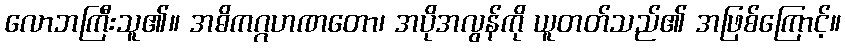
လောဘကြီးသူ၏။ အဓိကဂ္ဂဟဏတော၊ အပိုအလွန်ကို ယူတတ်သည်၏ အဖြစ်ကြောင့်။